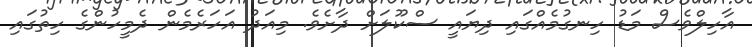
އާހިލްވެސް މަޑު ހިނގުމެއްގައި ދިޔައީ ސްކޫލަށް ދާށެވެ. މިއަދު އަހަރެމެން ދެމީހުންގެ ހިތުގައި